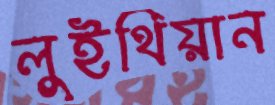
লুইথিয়ান